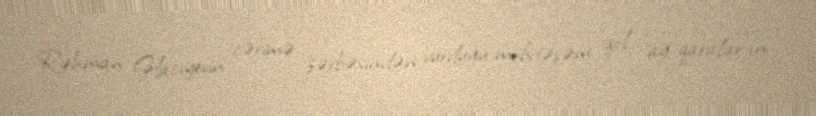
Rəhman Hacıyevin cərimə zərbəsindən vurduğu möhtəşəm qol "ağ-qaralar"ın